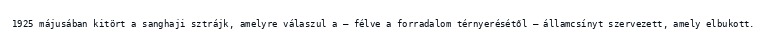
1925 májusában kitört a sanghaji sztrájk, amelyre válaszul a – félve a forradalom térnyerésétől – államcsínyt szervezett, amely elbukott.